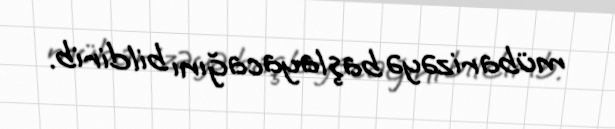
mübarizəyə başlayacağını bildirib.